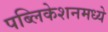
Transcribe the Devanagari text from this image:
पब्लिकेशनमध्ये